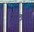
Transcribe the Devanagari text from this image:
पाठकी